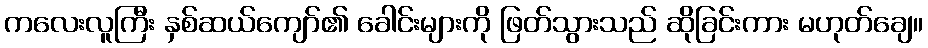
ကလေးလူကြီး နှစ်ဆယ်ကျော်၏ ခေါင်းများကို ဖြတ်သွားသည် ဆိုခြင်းကား မဟုတ်ချေ။